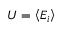
U = \left\langle E _ { i } \right\rangle